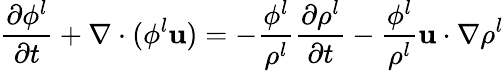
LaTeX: \frac{\partial\phi^{l}}{\partial t}+\nabla\cdot(\phi^{l}\mathbf{u})=-\frac{\phi^{l}}{\rho^{l}}\frac{\partial\rho^{l}}{\partial t}-\frac{\phi^{l}}{\rho^{l}}\mathbf{u}\cdot\nabla\rho^{l}